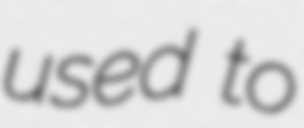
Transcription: used to